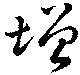
増